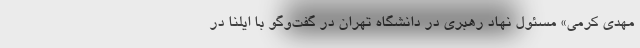
مهدی کرمی» مسئول نهاد رهبری در دانشگاه تهران در گفت‌وگو با ایلنا در